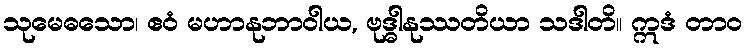
သုမေဓသော၊ ဧဝံ မဟာနုဘာဝါယ, ဗုဒ္ဓါနုဿတိယာ သဒါတိ။ ဣဒံ တာဝ